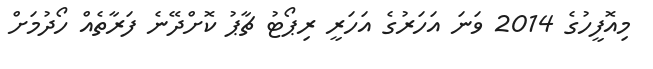
މިއޮފީހުގެ 2014 ވަނަ އަހަރުގެ އަހަރީ ރިޕޯޓު ޗާޕު ކޮށްދޭނެ ފަރާތެއް ހޯދުމަށް